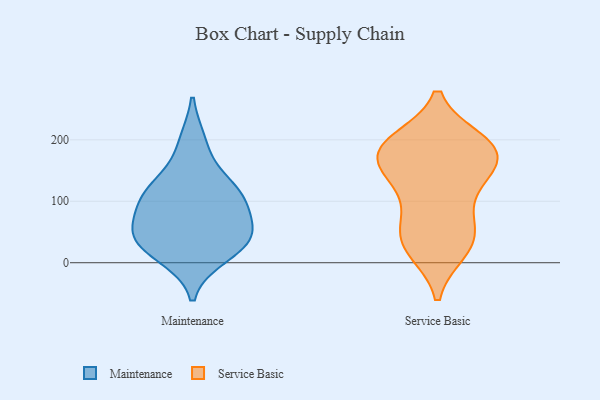
{"axis": {"x": "Customer Acquisition Cost (USD)", "y": "Value"}, "legend": ["Maintenance", "Service Basic"], "data": [{"x": "", "y": 52, "type": "Maintenance"}, {"x": "", "y": 100, "type": "Maintenance"}, {"x": "", "y": 31, "type": "Maintenance"}, {"x": "", "y": 45, "type": "Maintenance"}, {"x": "", "y": 97, "type": "Maintenance"}, {"x": "", "y": 128, "type": "Maintenance"}, {"x": "", "y": 116, "type": "Maintenance"}, {"x": "", "y": 42, "type": "Maintenance"}, {"x": "", "y": 195, "type": "Maintenance"}, {"x": "", "y": 12, "type": "Maintenance"}, {"x": "", "y": 198, "type": "Service Basic"}, {"x": "", "y": 65, "type": "Service Basic"}, {"x": "", "y": 198, "type": "Service Basic"}, {"x": "", "y": 48, "type": "Service Basic"}, {"x": "", "y": 188, "type": "Service Basic"}, {"x": "", "y": 187, "type": "Service Basic"}, {"x": "", "y": 168, "type": "Service Basic"}, {"x": "", "y": 30, "type": "Service Basic"}, {"x": "", "y": 155, "type": "Service Basic"}, {"x": "", "y": 140, "type": "Service Basic"}, {"x": "", "y": 21, "type": "Service Basic"}, {"x": "", "y": 20, "type": "Service Basic"}, {"x": "", "y": 188, "type": "Service Basic"}, {"x": "", "y": 119, "type": "Service Basic"}, {"x": "", "y": 69, "type": "Service Basic"}, {"x": "", "y": 177, "type": "Service Basic"}, {"x": "", "y": 135, "type": "Service Basic"}]}